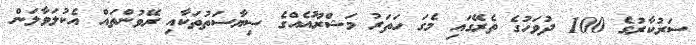
ސަރުކާރުގެ 100 ދުވަހުގެ ތެރޭގައި މެގަ ހަތަރު މަޝްރޫއެއްގެ ސިޔާސަތުތަކާއި ރޭވުންތައް އެކުލަވާލަން